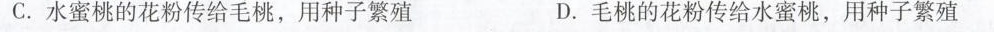
C.水蜜桃的花粉传给毛桃，用种子繁殖 D.毛桃的花粉传给水蜜桃，用种子繁殖